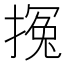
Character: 𰔚